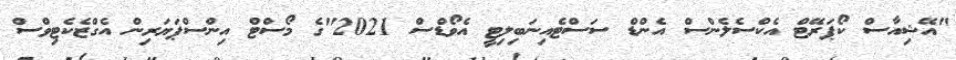
"އޭޝިއާސް ކޯޕަރޭޓް އެކްސެލެންސް އެންޑް ސަސްޓެއިނަބިލިޓީ އެވޯޑްސް 2021"ގެ މޯސްޓް އިންސްޕަޔަރިން އެގްޒެކެޓިވްސް